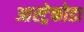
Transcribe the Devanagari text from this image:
आस्ट्रेकोडा